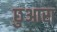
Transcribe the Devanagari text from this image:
छुआरा